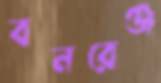
বনরেঞ্জ